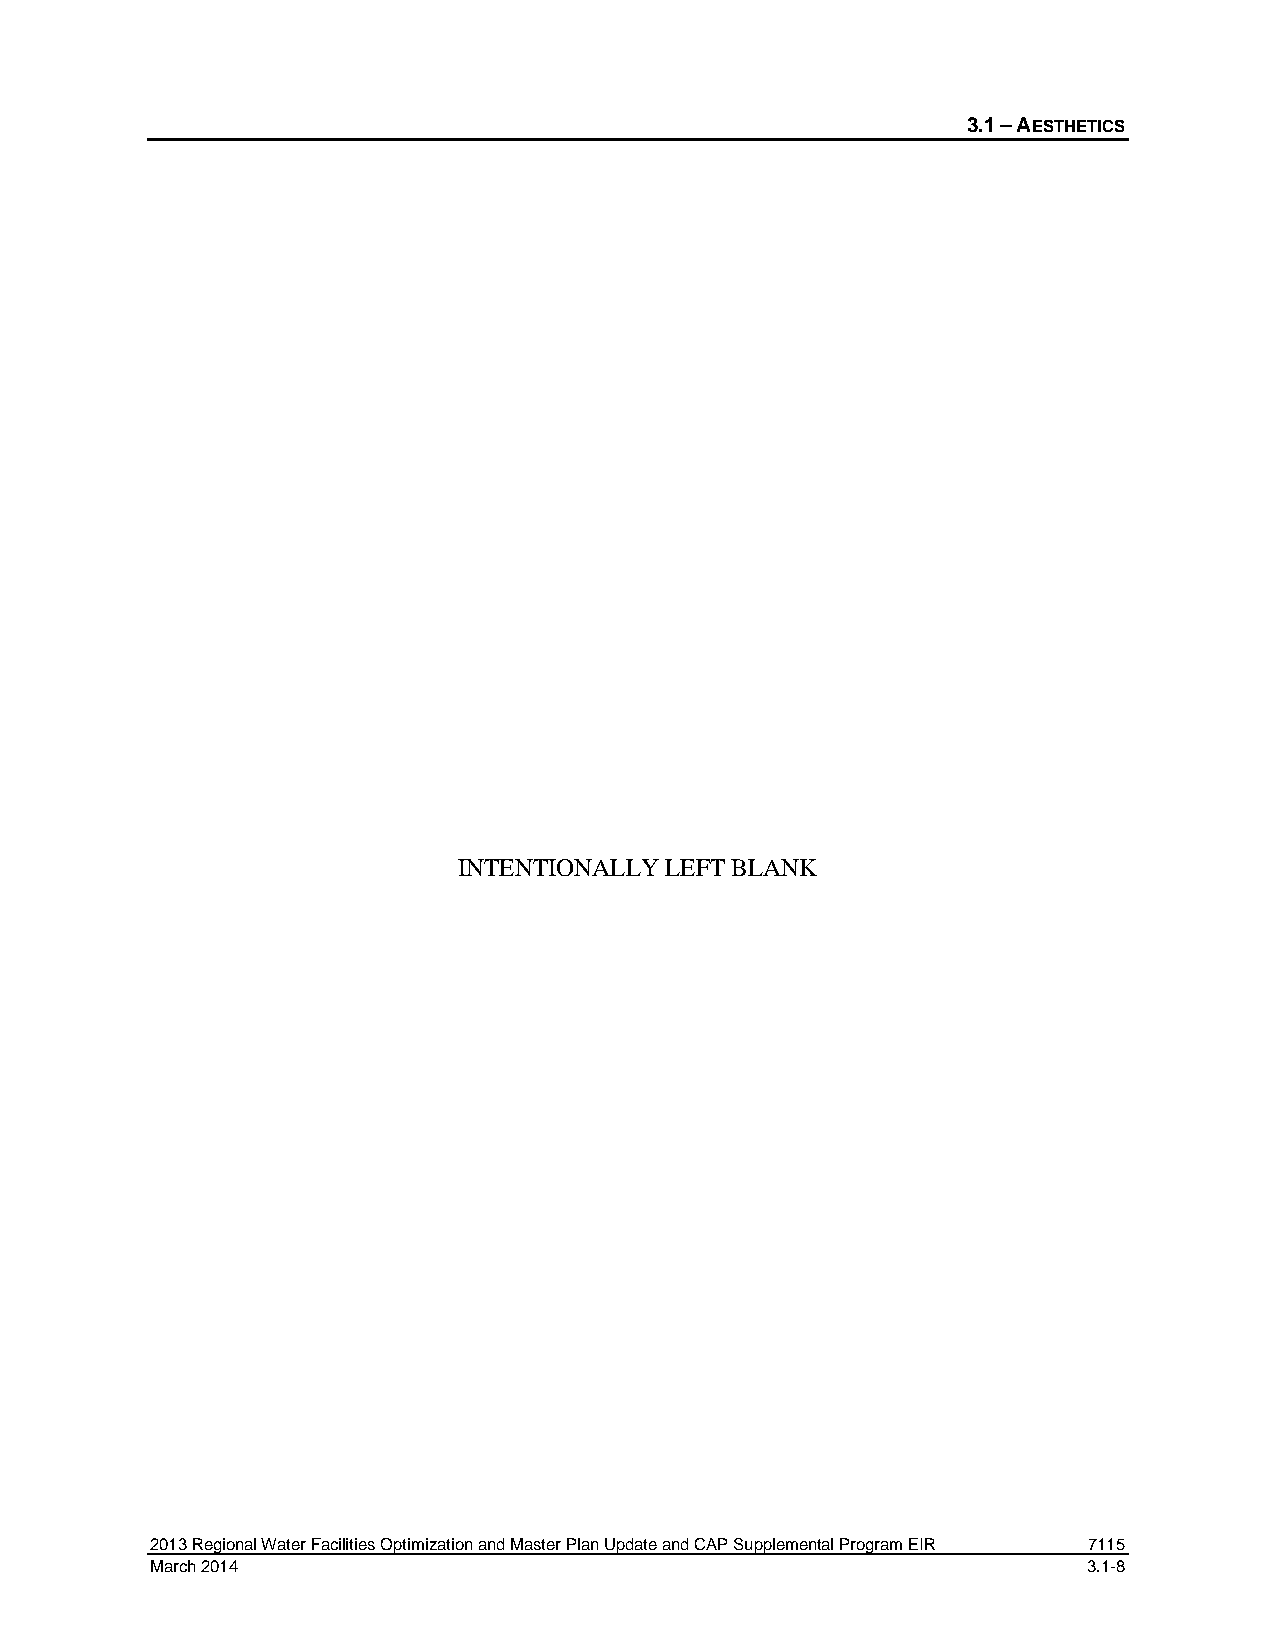
3.1 – AESTHETICS
 INTENTIONALLY LEFT BLANK
 2013 Regional Water Facilities Optimization and Master Plan Update and CAP Supplemental Program EIR 7115
 March 2014                                                    3.1-8